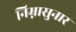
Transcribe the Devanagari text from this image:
निम्नासुनार